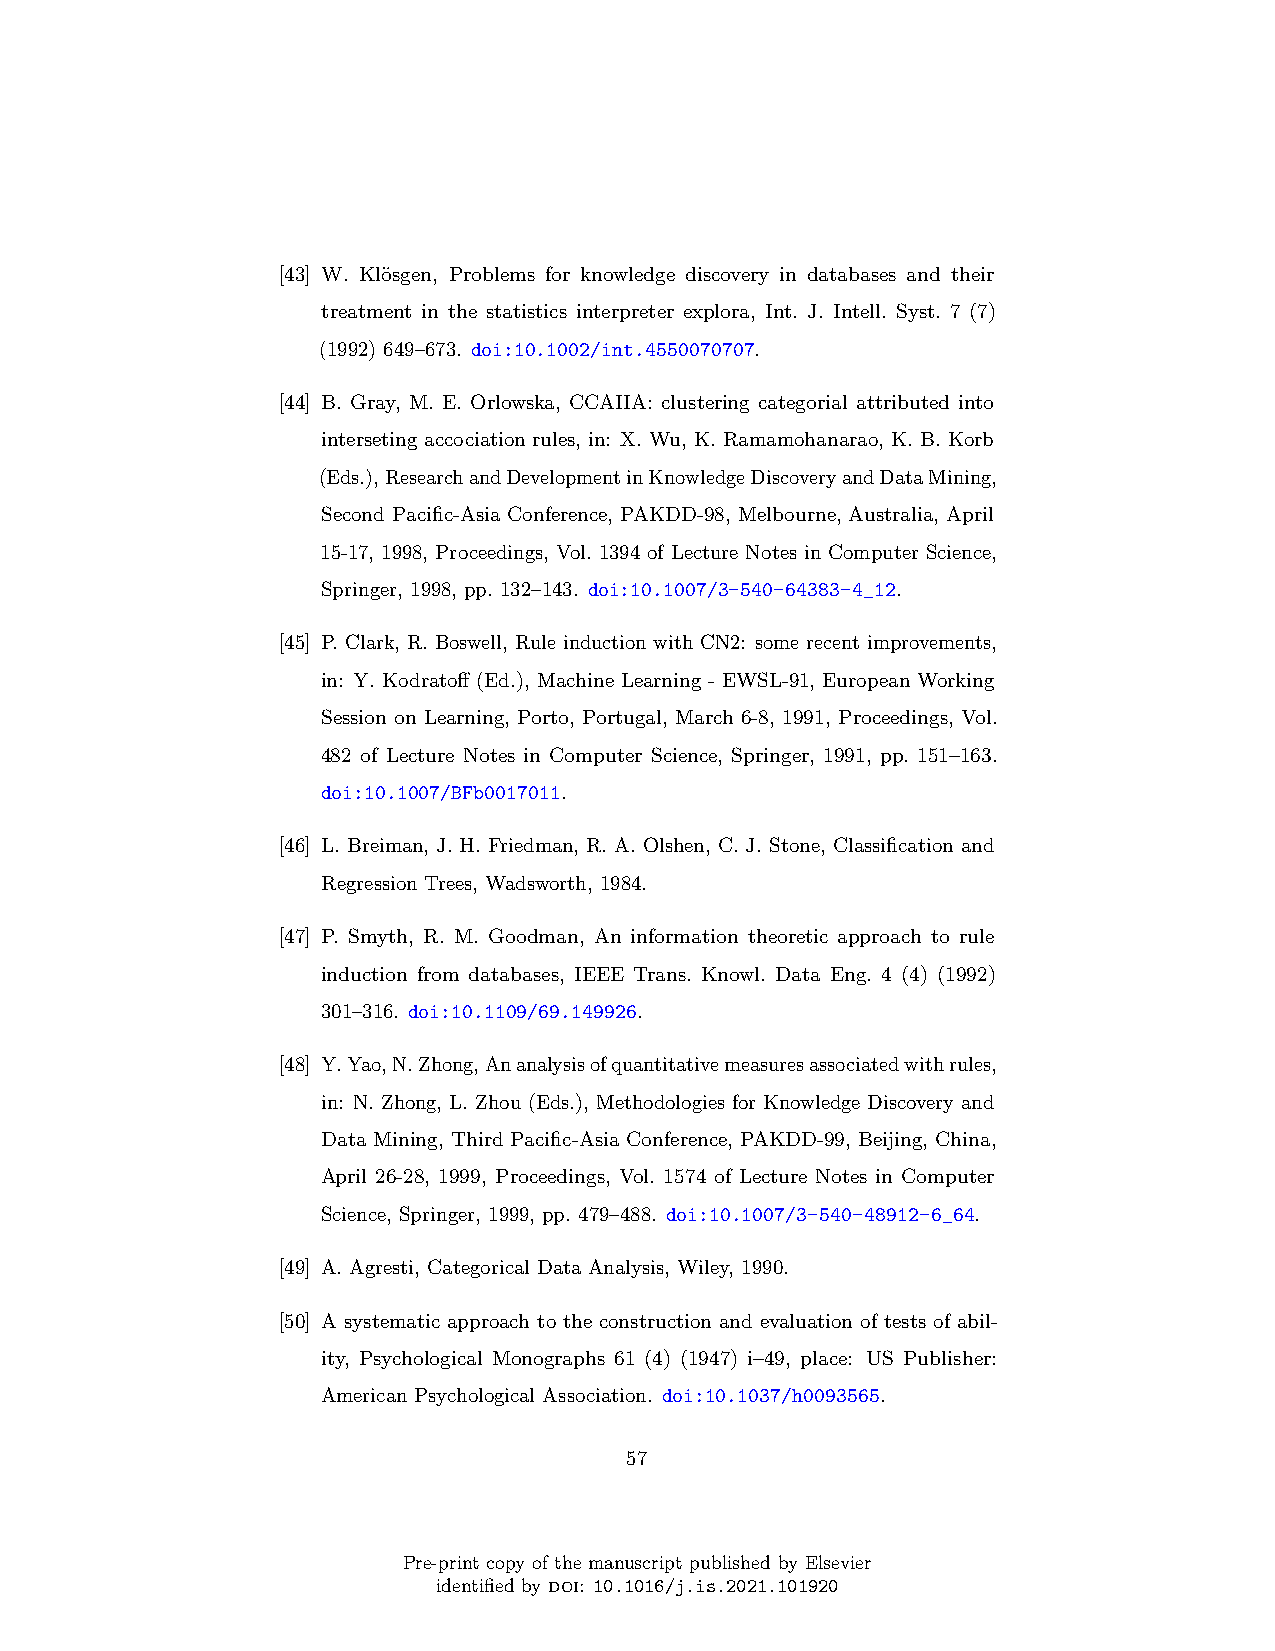
[43] W. Kl¨osgen, Problems for knowledge discovery in databases and their
 treatment in the statistics interpreter explora, Int. J. Intell. Syst. 7 (7)
 (1992) 649–673. doi:10.1002/int.4550070707.
 [44] B. Gray, M. E. Orlowska, CCAIIA: clustering categorial attributed into
 interseting accociation rules, in: X. Wu, K. Ramamohanarao, K. B. Korb
 (Eds.),ResearchandDevelopmentinKnowledgeDiscoveryandDataMining,
 Second Pacific-Asia Conference, PAKDD-98, Melbourne, Australia, April
 15-17, 1998, Proceedings, Vol. 1394 of Lecture Notes in Computer Science,
 Springer, 1998, pp. 132–143. doi:10.1007/3-540-64383-4_12.
 [45] P. Clark, R. Boswell, Rule induction with CN2: some recent improvements,
 in: Y. Kodratoff (Ed.), Machine Learning - EWSL-91, European Working
 Session on Learning, Porto, Portugal, March 6-8, 1991, Proceedings, Vol.
 482 of Lecture Notes in Computer Science, Springer, 1991, pp. 151–163.
 doi:10.1007/BFb0017011.
 [46] L. Breiman, J. H. Friedman, R. A. Olshen, C. J. Stone, Classification and
 Regression Trees, Wadsworth, 1984.
 [47] P. Smyth, R. M. Goodman, An information theoretic approach to rule
 induction from databases, IEEE Trans. Knowl. Data Eng. 4 (4) (1992)
 301–316. doi:10.1109/69.149926.
 [48] Y.Yao,N.Zhong,Ananalysisofquantitativemeasuresassociatedwithrules,
 in: N. Zhong, L. Zhou (Eds.), Methodologies for Knowledge Discovery and
 Data Mining, Third Pacific-Asia Conference, PAKDD-99, Beijing, China,
 April 26-28, 1999, Proceedings, Vol. 1574 of Lecture Notes in Computer
 Science, Springer, 1999, pp. 479–488. doi:10.1007/3-540-48912-6_64.
 [49] A. Agresti, Categorical Data Analysis, Wiley, 1990.
 [50] A systematic approach to the construction and evaluation of tests of abil-
 ity, Psychological Monographs 61 (4) (1947) i–49, place: US Publisher:
 American Psychological Association. doi:10.1037/h0093565.
 57
 Pre-print copy of the manuscript published by Elsevier
 identified by doi: 10.1016/j.is.2021.101920